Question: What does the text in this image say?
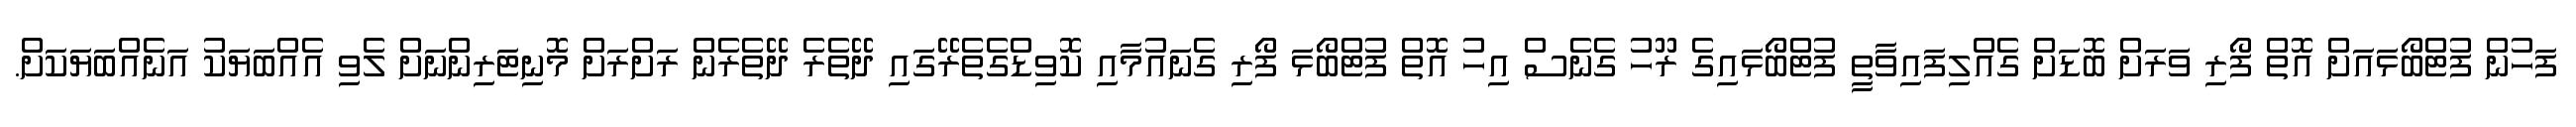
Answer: ފަހުން ފުޓްބޯޅައަށް އޮތް ފޯރި ވަރަށް ބޮޑަށް ގެއްލިފައިވާތީ ފުޓްބޯޅައިގެ ރޫހު ގެނެސް އިހު އޮތް ފުޓްބޯޅަ ފޯރި ގެނައުމާއި ކޮވިޑްގެތެރޭގައި ދޭތެރެ ދޭތެރެން ރަށްރަށް މޮނިޓަރިންނަށް ލެވި އެއްބަޔަކު އަނެއްބަޔަކަށް.